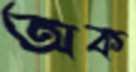
অক